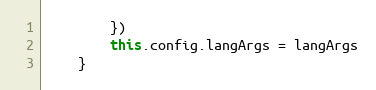
Language: JavaScript
        })
        this.config.langArgs = langArgs
    }